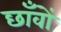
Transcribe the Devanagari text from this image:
छाँवों